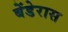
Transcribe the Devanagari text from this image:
बेंडेरास